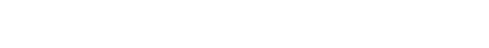
ဘိက္ခဝေ၊ ရဟန်းတို့။ ယထာ (ယော သဘာဝေါ၊ အကြင် မဖောက် မပြန်ဟုတ်မှန်သော သဘောသည်။ အတ္ထိ၊